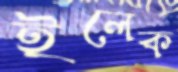
ইলেক